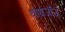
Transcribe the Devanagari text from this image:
थोधजजि